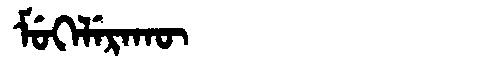
Manchu: ᠮᡠᡴᡝᠯᡝᡵᠠᡴᡡ
Romanization: MUKELERAKŪ